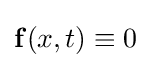
\mathbf {f} (x,t)\equiv 0